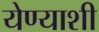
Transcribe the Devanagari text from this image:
येण्याशी